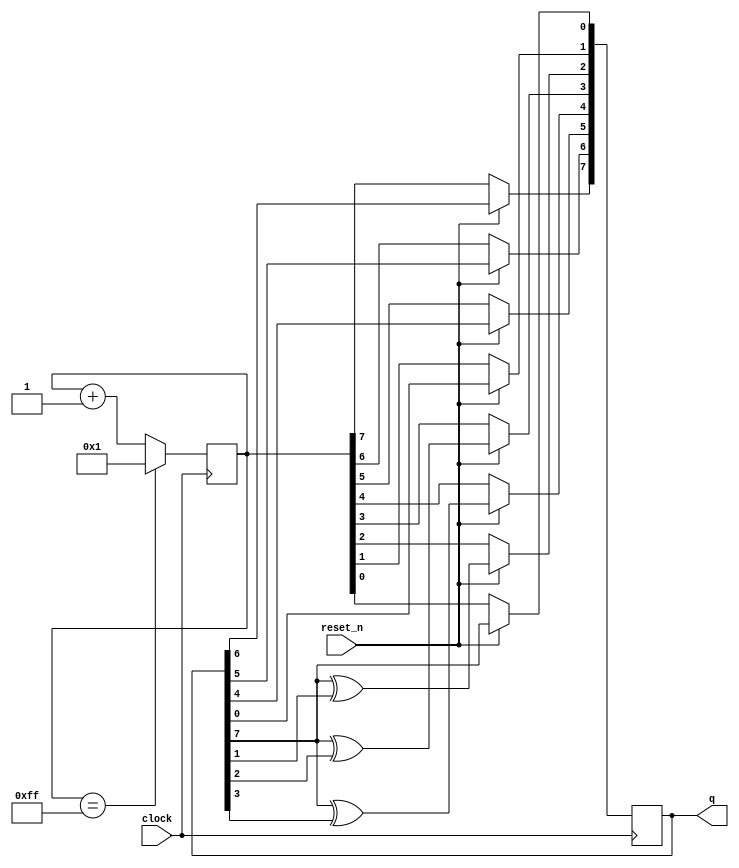
module random_generator(q, clock, reset_n);
	
	input clock, reset_n;
	
	reg [7:0] curr_rand, counter;
	
	output [7:0] q;
	
	initial begin
		curr_rand <= 8'b10101010;
		counter <= 8'b00000001;
	end
	
	assign q = curr_rand;
	
	always @(posedge clock) begin
	
		if(counter == 8'b11111111) counter <= 8'b00000001;
		else counter <= counter + 8'd1;
		
		if(!reset_n) curr_rand <= counter;
		else begin
			curr_rand[0] <= curr_rand[7];
			curr_rand[1] <= curr_rand[0];
			curr_rand[2] <= curr_rand[7] ^ curr_rand[1];
			curr_rand[3] <= curr_rand[7] ^ curr_rand[2];
			curr_rand[4] <= curr_rand[7] ^ curr_rand[3];
			curr_rand[5] <= curr_rand[4];
			curr_rand[6] <= curr_rand[5];
			curr_rand[7] <= curr_rand[6];
		end
	end
	
endmodule